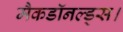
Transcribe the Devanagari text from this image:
मैकडॉनल्ड्स।